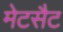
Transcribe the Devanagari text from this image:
मेटसैट